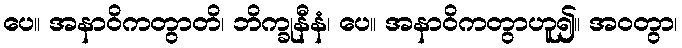
ပေ။ အနာဝိကတွာတိ၊ ဘိက္ခုနီနံ၊ ပေ။ အနာဝိကတွာဟူ၍။ အဝတွာ၊